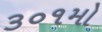
૩૦૧મો